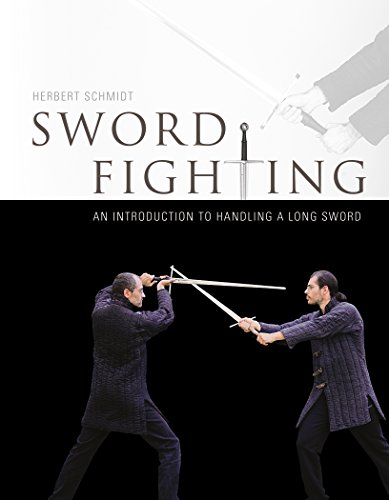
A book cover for Sword Fighting: An Introduction to handling a Long Sword; Herbert Schmidt; Sports & Outdoors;